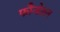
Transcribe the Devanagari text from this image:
फौन्डेशन